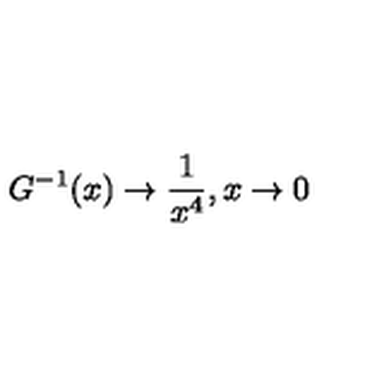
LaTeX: G ^ { - 1 } ( x ) \rightarrow { \frac { 1 } { x ^ { 4 } } } , x \rightarrow 0